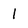
Character: l